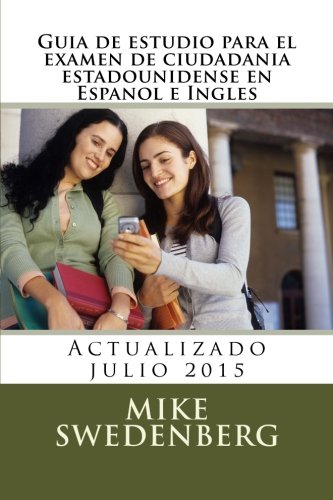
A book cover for Guia de estudio para el examen de ciudadania estadounidense en Espanol e Inglis: Actualizado julio 2015 (American Citizenship) (Spanish Edition); Mike Swedenberg; Test Preparation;